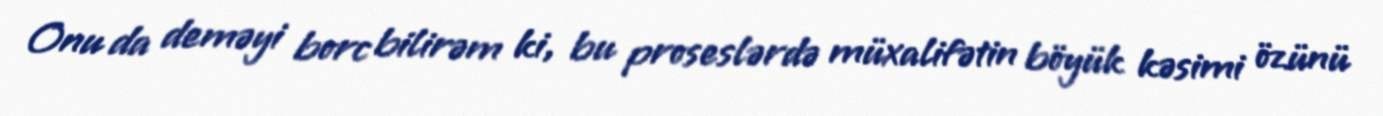
Onu da deməyi borc bilirəm ki, bu proseslərdə müxalifətin böyük kəsimi özünü